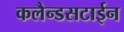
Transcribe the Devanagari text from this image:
कलैन्डसटाईन